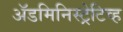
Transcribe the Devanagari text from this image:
अॅडमिनिस्ट्रेटिव्ह